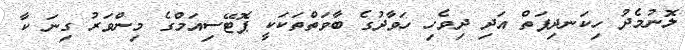
ލޮނުމެދު ހިކަނދިފަތް އަދި ދިވެހި ހަވާދުގެ ބާވަތްތަކަކީ ޕޮޓޭސިއަމްގެ މިންވަރު ގިނަ ކާ